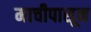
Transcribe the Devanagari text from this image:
माचीपासून